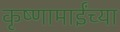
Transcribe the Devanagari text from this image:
कृष्णामाईंच्या